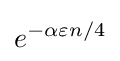
e^{-\alpha \varepsilon n/4}\,\!